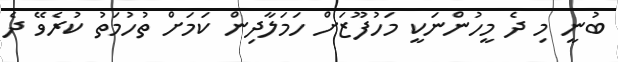
ބުނީ މި ދެ މީހުންނަކީ މަހުފޫޒަށް ހަމަލާދިން ކަމަށް ތުހުމަތު ކުރެވޭ ދެ